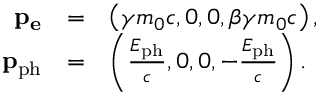
\begin{array} { r c l } { \mathbf { p _ { e } } } & { = } & { \left( \gamma m _ { 0 } c , 0 , 0 , \beta \gamma m _ { 0 } c \right) , } \\ { \mathbf { p _ { \mathrm { p h } } } } & { = } & { \left( \frac { E _ { \mathrm { p h } } } { c } , 0 , 0 , - \frac { E _ { \mathrm { p h } } } { c } \right) . } \end{array}